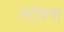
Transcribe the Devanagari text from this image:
स्टेक्स